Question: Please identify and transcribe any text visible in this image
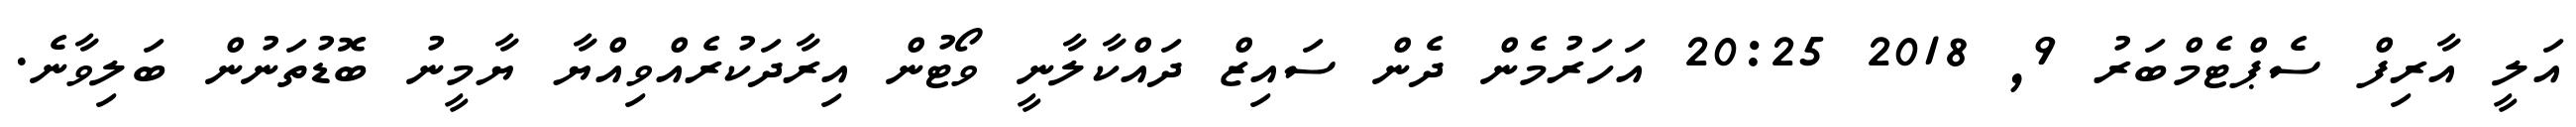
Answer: އަލީ އާރިފް ސެޕްޓެމްބަރު 9, 2018 20:25 އަހަރުމެން ދެން ސައިޒް ދައްކާލާނީ ވޯޓުން އިރާދަކުރެއްވިއްޔާ ޔާމީނު ބޮޑުތަނުން ބަލިވާނެ.